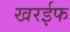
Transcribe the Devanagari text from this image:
खरईफ